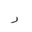
Letter: _ra